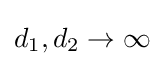
d_{1},d_{2}\rightarrow \infty